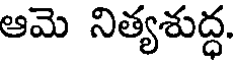
ఆమె నిత్యశుద్ధ.